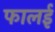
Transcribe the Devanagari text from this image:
फालई